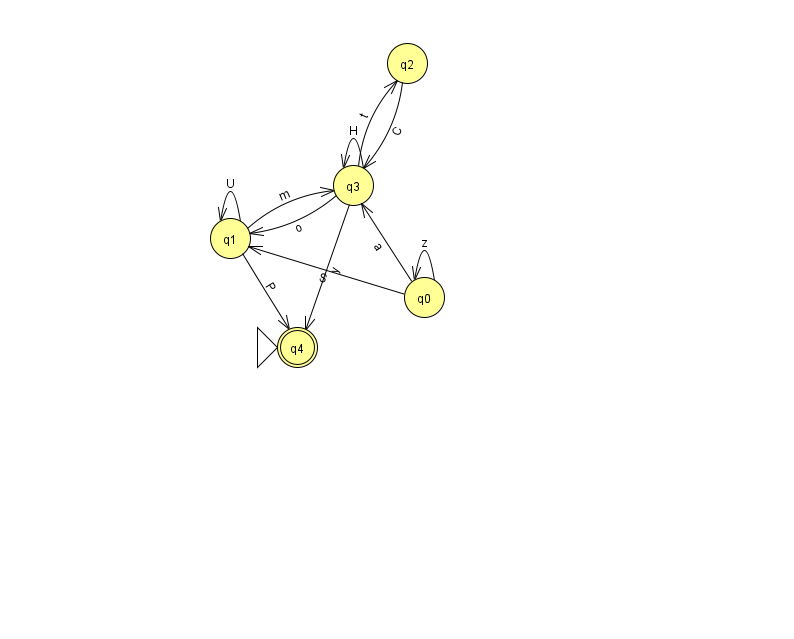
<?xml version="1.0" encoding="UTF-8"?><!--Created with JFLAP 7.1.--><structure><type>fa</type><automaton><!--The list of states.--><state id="0" name="q0"><x>424.0</x><y>284.0</y></state><state id="1" name="q1"><x>230.0</x><y>225.0</y></state><state id="2" name="q2"><x>407.0</x><y>50.0</y></state><state id="3" name="q3"><x>353.0</x><y>172.0</y></state><state id="4" name="q4"><x>297.0</x><y>334.0</y><initial/><final/></state><!--The list of transitions.--><transition><from>3</from><to>2</to><read>t</read></transition><transition><from>0</from><to>1</to><read>S</read></transition><transition><from>1</from><to>1</to><read>U</read></transition><transition><from>0</from><to>3</to><read>a</read></transition><transition><from>3</from><to>4</to><read>y</read></transition><transition><from>2</from><to>3</to><read>C</read></transition><transition><from>1</from><to>3</to><read>m</read></transition><transition><from>3</from><to>3</to><read>H</read></transition><transition><from>0</from><to>0</to><read>z</read></transition><transition><from>1</from><to>4</to><read>P</read></transition><transition><from>3</from><to>1</to><read>o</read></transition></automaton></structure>